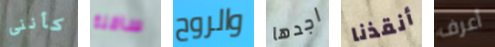
كأننى سافلة والروح اجدها أنقذنا أعرف